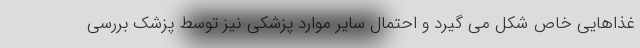
غذاهایی خاص شکل می گیرد و احتمال سایر موارد پزشکی نیز توسط پزشک بررسی